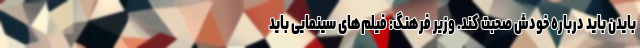
بایدن باید درباره خودش صحبت کند. وزیر فرهنگ: فیلم‌های سینمایی باید